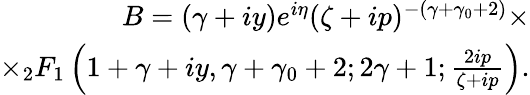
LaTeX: \begin{array}{r}{B=(\gamma+iy)e^{i\eta}(\zeta+ip)^{-(\gamma+\gamma_{0}+2)}\times}\\ {\times{}_{2}F_{1}\left(1+\gamma+iy,\gamma+\gamma_{0}+2;2\gamma+1;\frac{2ip}{\zeta+ip}\right).}\end{array}